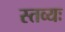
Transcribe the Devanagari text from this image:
स्तव्यः